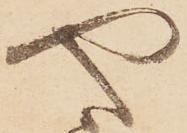
や